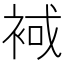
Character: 𧚑